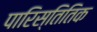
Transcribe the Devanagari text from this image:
पारिस्तितिक